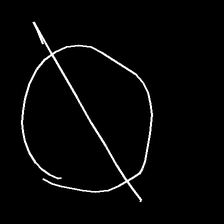
Glyph: orb